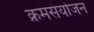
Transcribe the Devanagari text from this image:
क्रमसंयोजन